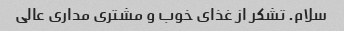
سلام. تشکر از غذای خوب و مشتری مداری عالی